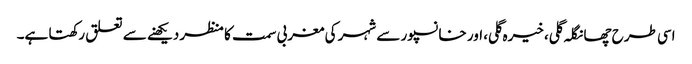
اسی طرح چھانگلہ گلی، خیرہ گلی، اور خانسپور سے شہر کی مغربی سمت کا منظر دیکھنے سے تعلق رکھتا ہے۔